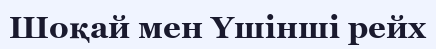
Шоқай мен Үшінші рейх